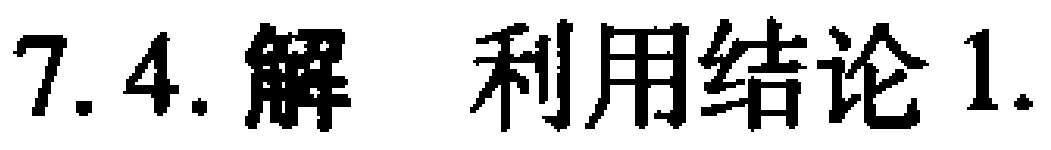
7.4.解 利用结论1.